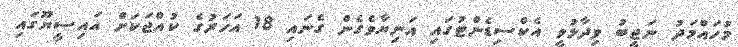
މުހައްމަދު ނަޖީބު ވިދާޅުވީ އެކްސިޑެންޓުގައި އަނިޔާވެގެން ގެނައި 18 އަހަރުގެ ކުއްޖަކަށް އައިސީޔޫގައި